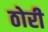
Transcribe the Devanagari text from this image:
ठोरी